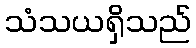
သံသယရှိသည်